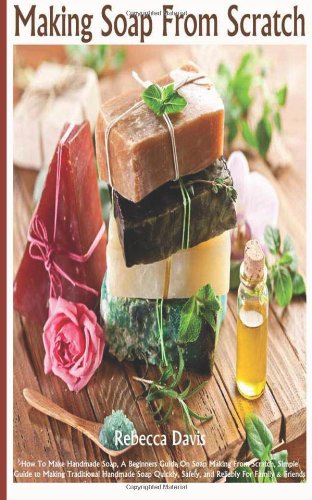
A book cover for Making Soaps From Scratch: How To Make Handmade Soap, A Beginners Guide On Soap Making From Scratch, Simple Guide to Making Traditional Handmade Soap Quickly, Safely, and Reliably For Family & Friends; Ms Rebecca Davis Author; Crafts, Hobbies & Home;